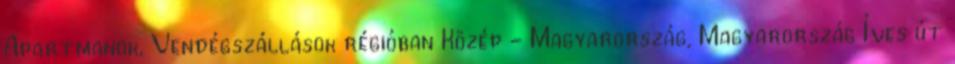
Apartmanok, Vendégszállások régióban Közép - Magyarország, Magyarország Íves út